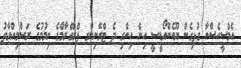
އެމްސީއެސްއާ ގުޅިގެން ޔޫއެންއޯޑީސީ އިން ހިންގި ދެ ޓްރޭނިންގ ޕްރޮގްރާމްގެ ނިމުމުގެ ރަސްމިއްޔާތު